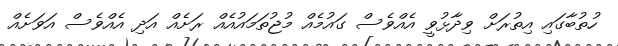
ހުތުބާގައި އިތުރަށް ވިދާޅުވީ އެއްވެސް ގައުމެއް މުޖުތަމައުއެއް ރަށެއް އަދި އެއްވެސް އަވަށެއް